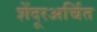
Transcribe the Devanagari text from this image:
शेंदूरअर्चित